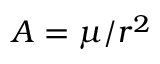
A = \mu / r ^ { 2 }